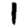
Digit: 1